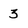
Character: 3